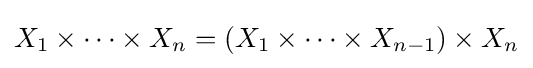
X_{1}\times \cdots \times X_{n}=(X_{1}\times \cdots \times X_{n-1})\times X_{n}